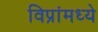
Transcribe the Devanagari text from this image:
विप्रांमध्ये